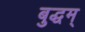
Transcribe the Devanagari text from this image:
बुद्धम्